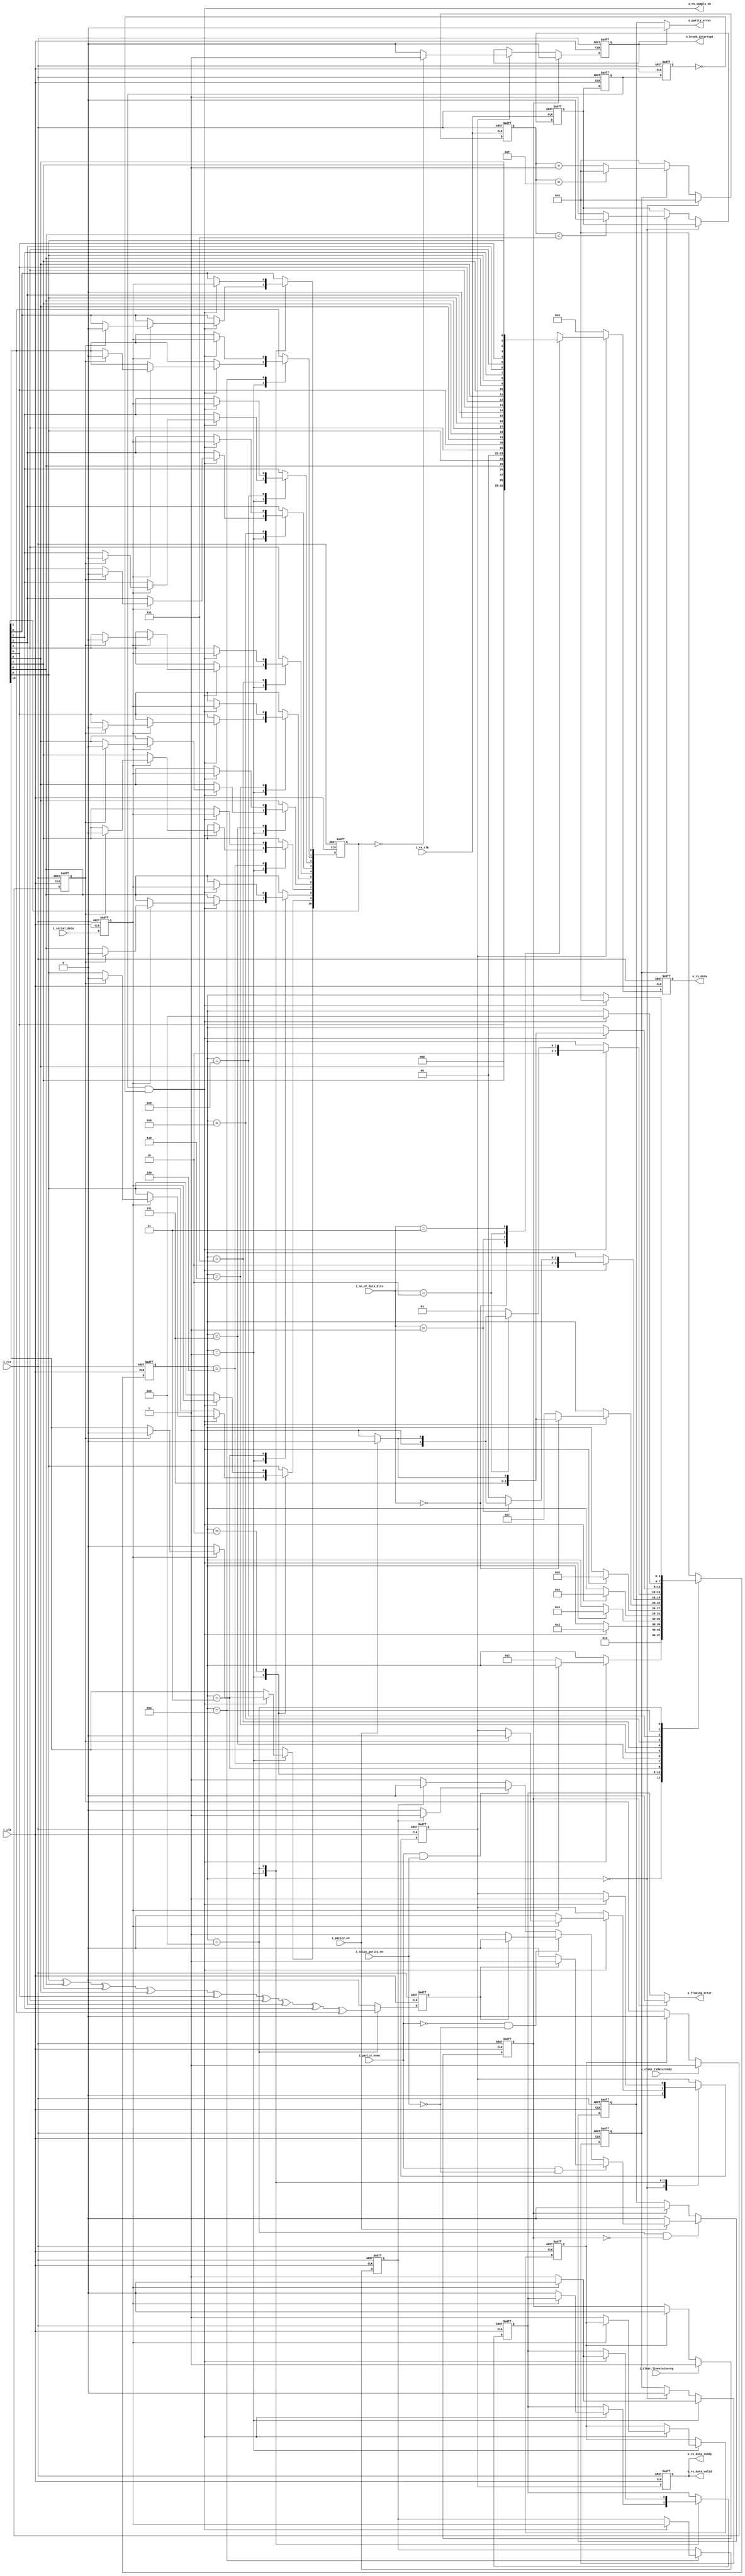
//-------------------------------------------------------------------------
//  >>>>>>>>>>>>>>>>>>>>>>>>> COPYRIGHT NOTICE <<<<<<<<<<<<<<<<<<<<<<<<<
//-------------------------------------------------------------------------
//  Copyright (c) 2012 by Lattice Semiconductor Corporation
//
//-------------------------------------------------------------------------
// Permission:
//
//   Lattice Semiconductor grants permission to use this code for use
//   in synthesis for any Lattice programmable logic product.  Other
//   use of this code, including the selling or duplication of any
//   portion is strictly prohibited.
//
// Disclaimer:
//
//   This VHDL or Verilog source code is intended as a design reference
//   which illustrates how these types of functions can be implemented.
//   It is the user's responsibility to verify their design for
//   consistency and functionality through the use of formal
//   verification methods.  Lattice Semiconductor provides no warranty
//   regarding the use or functionality of this code.
//-------------------------------------------------------------------------
//
//    Lattice Semiconductor Corporation
//    5555 NE Moore Court
//    Hillsboro, OR 97124
//    U.S.A
//
//    TEL: 1-800-Lattice (USA and Canada)
//    503-268-8001 (other locations)
//
//    web: http://www.latticesemi.com/
//
//-------------------------------------------------------------------------
//  Project  : LP3.5K_Pedometer_with_BLE_Interface
//-------------------------------------------------------------------------
//  Code Revision History :
//  Ver: | Author        | Mod. Date    |Changes Made:
//  V1.0 | MDN           | 01-FEB-2014  |
//-------------------------------------------------------------------------
// Description :
// a.Waits for the i_start_rx signal from the UART Master Controller block
// b.Detects the start signal from the MODEM
// c.Deserializes the MODEM data 
// d.Checks for parity if parity is enabled
// e.Detects the stop condition and waits for another i_start_rx from Controller
// f.Reports on Parity error, Framing error
// g.Generates the rx_data_valid signal 
//-------------------------------------------------------------------------
//  Parameters :none                           
//-------------------------------------------------------------------------
//  Reuse Issues
//   Reset Strategy   : Asynchronous, active high system level reset
//   Clock Domains    : i_clk
//   Asynchronous I/F : i_rst
//   Instantiations   : none
//   Other            : N/A
//-------------------------------------------------------------------------
module uart_rx_fsm(
                   
                   // System clock 
                   // asynchronous active high reset 
                   input wire        i_clk,
                   input wire        i_rst,
                   //Receive clock
                   input wire        i_rx_clk,
                   //Rx configurations from Master Controller
                   input wire        i_parity_even,
                   input wire        i_parity_en,               
                   input wire [1:0]  i_no_of_data_bits,  
                   input wire        i_stick_parity_en,
                   input wire i_clear_linestatusreg,               
                   input wire i_clear_rxdataready,
                   //Rx data valid and Rx Data to CPU
                   output wire      o_rx_data_valid,
                   output reg [7:0] o_rx_data, 
                   //To UART Master Controller
                   output wire       o_parity_error,
                   output wire       o_framing_error,
                   output wire       o_break_interrupt,               
                   output wire       o_rx_data_ready, 
                   // tp
                   output wire o_rx_sample_en, 
                   //Serial data in from MODEM
                   input wire        i_serial_data
                   );

   parameter [3:0] /*synopsys enum state_info*/ IDLE_STATE           = 4'b0000,
                START_DETECT_STATE   = 4'b0001,
                SAMPLE_START_STATE = 4'b1111,
                Rx_1BIT_STATE        = 4'b0010,
                Rx_2BIT_STATE        = 4'b0011,
                Rx_3BIT_STATE        = 4'b0100,
                Rx_4BIT_STATE        = 4'b0101,
                Rx_5BIT_STATE        = 4'b0110,
                Rx_6BIT_STATE        = 4'b0111,
                Rx_7BIT_STATE        = 4'b1000,
                Rx_8BIT_STATE        = 4'b1001,
                PARITY_CHECK_STATE   = 4'b1010,
                STOP_DETECT_STATE    = 4'b1011;    
   
   //Internal signals 
   reg [3:0] 			     state; ///*synopsys enum state_info*/  /*synopsys enum state_vector state*/
   reg 				     check_bit;
   reg 				     start_rx;
   reg 				     modem_serial_data;
   reg [10:0] 			     rx_data;
   reg 				     parity_error;
   reg 				     framing_error;  
   wire 			     rx_sample_en;
   reg 				     stick_parity_bit;
   reg 				     latch_clear_status;
   reg 				     latch_data_status;
   reg 				     data_validation;
   reg 				     data_validation_d1;

    assign o_rx_sample_en = rx_sample_en;
    
    //synchronizer
    always @(posedge i_clk or posedge i_rst) begin
        if(i_rst) 
            modem_serial_data <= 1'b1;
        else 
            modem_serial_data <= i_serial_data;
    end 

    ////////////////////////////////////////////////////////////////
    // UART Rx FSM
    ////////////////////////////////////////////////////////////////
    always @(posedge i_clk or posedge i_rst) begin
        if(i_rst) begin
            state <= IDLE_STATE;
            framing_error <= 1'b0;
            stick_parity_bit <= 1'b0; 
            start_rx <= 1'b0;
            data_validation <= 1'b0;
            data_validation_d1 <= 1'b0;
            rx_data <= 10'b0000_0000_00; 
        end else begin
            case(state)
                
                IDLE_STATE         :  begin
                    state <= START_DETECT_STATE;
                    data_validation <= 'd0;
                end
          
                //Wait for START signal from MODEM 
                START_DETECT_STATE :
                    if(rx_sample_en) begin
                        if(!modem_serial_data) begin
                            state <= Rx_1BIT_STATE; 
                            framing_error <= 1'b0;
                            data_validation <= 1'b0;
                            start_rx <= 1'b1;
                            rx_data[10] <= modem_serial_data; 
                        end else if(latch_data_status)begin
                            data_validation <= 1'b0;
                            rx_data <= 10'b0000_0000_00; 
                        end
                    end
                Rx_1BIT_STATE      : 
                    if(rx_sample_en) begin 
                        state <= Rx_2BIT_STATE;
                        rx_data[9] <= modem_serial_data; 
                    end
                
                Rx_2BIT_STATE      : 
                    if(rx_sample_en) begin 
                        state <= Rx_3BIT_STATE;
                        rx_data[8] <= modem_serial_data; 
                    end
                
                Rx_3BIT_STATE      : 
                    if(rx_sample_en) begin
                        state <= Rx_4BIT_STATE;
                        rx_data[7] <= modem_serial_data; 
                    end
                
                Rx_4BIT_STATE      : 
                    if(rx_sample_en) begin
                        state <= Rx_5BIT_STATE;
                        rx_data[6] <= modem_serial_data; 
                    end
                
                
               //Check for no of bits in operation
                //If 5 bits, then check if parity needs to be checked else go to stop detect state                      
                Rx_5BIT_STATE      : 
                    if(rx_sample_en) begin
                        rx_data[5] <= modem_serial_data; 
                        if(i_no_of_data_bits == 2'b00) begin
                            if(i_parity_en) begin
                                state <= PARITY_CHECK_STATE;
                            end else begin 
                                state <= STOP_DETECT_STATE;
                            end 
                        end else begin 
                            state <= Rx_6BIT_STATE;
                        end
                    end 
                
                //Check for no of bits in operation
                //If 6 bits, then check if parity needs to be checked else go to stop detect state                      
                Rx_6BIT_STATE      :
                    if(rx_sample_en) begin
                        rx_data[4] <= modem_serial_data; 
                        if(i_no_of_data_bits == 2'b01) begin
                            if(i_parity_en) begin
                                state <= PARITY_CHECK_STATE;
                            end else begin 
                                state <= STOP_DETECT_STATE;
                            end 
                        end else begin 
                            state <= Rx_7BIT_STATE;
                        end
                    end 
                
                //Check for no of bits in operation
                //If 7 bits, then check if parity needs to be checked else go to stop detect state
                Rx_7BIT_STATE      : 
                    if(rx_sample_en) begin
                        rx_data[3] <= modem_serial_data; 
                        if(i_no_of_data_bits == 2'b10) begin
                            if(i_parity_en) begin
                                state <= PARITY_CHECK_STATE;
                            end else begin 
                                state <= STOP_DETECT_STATE;
                            end 
                        end else begin 
                            state <= Rx_8BIT_STATE;
                        end
                    end 
                
                
                //Check if parity needs to be checked else go to stop detect state
                Rx_8BIT_STATE      :
                    if(rx_sample_en) begin
                        rx_data[2] <= modem_serial_data; 
                        if(i_parity_en) begin
                            state <= PARITY_CHECK_STATE;
                        end else begin
                            state <= STOP_DETECT_STATE;
                        end  
                    end
                
                PARITY_CHECK_STATE :
                    if(rx_sample_en) begin
                        rx_data[1] <= modem_serial_data; 
                        state <= STOP_DETECT_STATE;
                        stick_parity_bit <= modem_serial_data;
                    end
                
                //Check for stop bit and proceed to START_DETECT_STATE 
                STOP_DETECT_STATE  : 
                    if(rx_sample_en) begin
                        rx_data[0] <= modem_serial_data; 
                        data_validation <= 1'b1;
                        if (modem_serial_data == 1'b0) begin  
                            state <= IDLE_STATE; 
                            framing_error <= 1'b1;
                        end else begin
                            state <= IDLE_STATE; 
                            framing_error <= 1'b0;
                        end
                    end // if (rx_sample_en)

                default            : state <= IDLE_STATE;
            endcase // case (state)
            data_validation_d1 <= data_validation;
        end
    end 

    assign o_framing_error = (!latch_clear_status) ? framing_error : 1'b0;
       
    /////////////////////////////////////////////////////////////////////////////
    // Deserialization of data, 
    /////////////////////////////////////////////////////////////////////////////

    wire [10:0] receive_data;   

    assign receive_data = {rx_data[0], rx_data[1], rx_data[2], rx_data[3], rx_data[4], rx_data[5],
                           rx_data[6], rx_data[7], rx_data[8], rx_data[9], rx_data[10]};
    
    reg break_interrupt;
    
   /////////////////////////////////////////////////////////////////////////////
   //Break Interrupt generation
   //If in data valid state all the bits are of rx_data are zero then a Break Interrupt is generated
   /////////////////////////////////////////////////////////////////////////////    
   always @(posedge i_clk or posedge i_rst) begin
      if(i_rst) begin
         break_interrupt <= 1'b0;
      end else begin
         //Cleared on Line status clear request from Master controller 
         if(latch_clear_status)begin 
            break_interrupt <= 1'b0;
         end else if(data_validation) begin
            if(rx_data == 10'b0) begin
               break_interrupt <= 1'b1;
            end else begin
               break_interrupt <= 1'b0;
            end   
         end // if (state == DATA_VALIDATION_STATE & !latch_clear_sta
      end
   end 

   assign o_break_interrupt = break_interrupt;
   
   /////////////////////////////////////////////////////////////////////////////
   // Parity Check logic and Parity error detect
   /////////////////////////////////////////////////////////////////////////////
   always @(posedge i_clk or posedge i_rst) begin
      if(i_rst) begin
         check_bit <= 1'b0;
      end else begin
         if(state == STOP_DETECT_STATE) begin
            check_bit <= rx_data[9] ^ rx_data[8] ^ rx_data[7] ^ rx_data[6] ^ rx_data[5] ^ rx_data[4]
              ^ rx_data[3] ^ rx_data[2] ^ rx_data[1];
         end else begin 
            check_bit <= 1'b0;
         end 
      end 
   end // always @ (posedge i_clk or posedge i_rst)
   
   always @(posedge i_clk or posedge i_rst) begin
      if(i_rst) begin
         parity_error <= 1'b0;
      end else begin
         if(state == STOP_DETECT_STATE & !latch_clear_status) begin
            if(i_parity_en) begin
               if(i_parity_even & !i_stick_parity_en) begin
                  if(check_bit) 
                    parity_error <= 1'b1;
                  else    
                    parity_error <= 1'b0;
               end else if (!i_parity_even & !i_stick_parity_en) begin
                  if(check_bit) 
                    parity_error <= 1'b0;
                  else    
                    parity_error <= 1'b1;
               end else if (i_parity_even & i_stick_parity_en) begin
                  if(stick_parity_bit)
                    parity_error <= 1'b1;
                  else
                    parity_error <= 1'b0;
               end else
                 if(stick_parity_bit)
                   parity_error <= 1'b0;
                 else
                   parity_error <= 1'b1;
            end else
              parity_error <= 1'b0;
            
         end else if(latch_clear_status) 
           parity_error <= 1'b0;   
      end 
   end     

   assign o_parity_error = !break_interrupt ?  parity_error
                           : 1'b0;    

   /////////////////////////////////////////////////////////////////////////////
   // Rx Data valid and Rx Data generation logic
   /////////////////////////////////////////////////////////////////////////////
   always @(posedge i_clk or posedge i_rst) begin
      if(i_rst) begin
         o_rx_data     <= 0;
      end else begin
         if(data_validation) begin
            if(i_parity_en) begin
               case(i_no_of_data_bits)
                 2'b00 :
                   o_rx_data <= {1'b0, 1'b0, 1'b0, receive_data[5:1]};
                 2'b01 :
                   o_rx_data <= {1'b0, 1'b0, receive_data[6:1]};
                 2'b10 :
                   o_rx_data <= {1'b0, receive_data[7:1]};
                 2'b11 :
                   o_rx_data <= receive_data[8:1];
               endcase
            end else begin
               case(i_no_of_data_bits)
                 2'b00 :
                   o_rx_data <= {1'b0, 1'b0, 1'b0, receive_data[5:1]};
                 2'b01 :
                   o_rx_data <= {1'b0, 1'b0, receive_data[6:1]};
                 2'b10 :
                   o_rx_data <= {1'b0, receive_data[7:1]};
                 2'b11 :
                   o_rx_data <= receive_data[8:1];
               endcase
            end // else: !if(parity_en)
         end else begin
            o_rx_data       <= 0;
         end
      end
   end // always @ (posedge i_clk or posedge i_rst)
   
   assign o_rx_data_ready = data_validation_d1; 
   assign o_rx_data_valid = o_rx_data_ready;
   
   /////////////////////////////////////////////////////////////////////////////
   //Sampling clock and character timeout  generation logic
   /////////////////////////////////////////////////////////////////////////////   
   reg [3:0] rx_sampling_counter;
   reg       rx_sampling_clock;
   reg       rx_sampling_clock_reg1;
   reg       rx_sampling_clock_reg2;
   reg       rx_sampling_start;

   //Start sampling on falling edge of serial data line in start state
   //This is mainly used for centering purpose
   always @(posedge i_clk or posedge i_rst) begin
      if(i_rst) begin
         rx_sampling_start <= 1'b0; 
      end else begin
         if(state == START_DETECT_STATE) begin
            if(!modem_serial_data) 
              rx_sampling_start <= 1'b1;
            else 
              rx_sampling_start <= 1'b0;
         end else if(state == IDLE_STATE) 
           rx_sampling_start <= 1'b0;
      end // else: !if(i_rst)
   end // always @ (posedge i_clk or posedge i_rst)
   
   //RX_CLK = 16xBaud Rate, a divide by 16 logic gives us the required sampling clock
   always @(posedge i_rx_clk or posedge i_rst) begin
      if(i_rst) begin
         rx_sampling_counter <= 0;
         rx_sampling_clock <= 1'b0;            
      end else begin
         case (state)
           //Sampling counter reset to zero 
           IDLE_STATE : begin
              rx_sampling_counter <= 0;
           end
           default : begin
              if(rx_sampling_start) begin
                 //4 bit counter
                 if(rx_sampling_counter == 4'b1111) begin 
                    rx_sampling_counter <= 0;
                 end else begin
                    rx_sampling_counter <= rx_sampling_counter + 1;
                 end
                 //Divide by 16 logic
                 if(rx_sampling_counter < 4'b0111) begin //1000
                    rx_sampling_clock <= 1'b0;
                 end else begin
                    rx_sampling_clock <= 1'b1;
                 end
              end else // if (rx_sampling_start)
                rx_sampling_counter <= 0; 
           end // case: default
         endcase
      end
   end // always @ (posedge i_rx_clk or posedge i_rst)

   //Registering sampling clock for obtaining pulsed rx_sample_en
   always @(posedge i_clk or posedge i_rst) begin
      if(i_rst) begin
         rx_sampling_clock_reg1 <= 0;
         rx_sampling_clock_reg2 <= 0;
      end else begin
         rx_sampling_clock_reg1 <= rx_sampling_clock;
         rx_sampling_clock_reg2 <= rx_sampling_clock_reg1;
      end
   end

   //Pulsed rx_sample_en signal
   assign rx_sample_en = rx_sampling_clock_reg1 & !rx_sampling_clock_reg2;
   
   always @(posedge i_clk or posedge i_rst)begin
      if(i_rst) begin
         latch_clear_status <= 1'b0;
      end else begin
         if (i_clear_linestatusreg) 
           latch_clear_status <= 1'b1;
         else if (start_rx)
           latch_clear_status <= 1'b0;
      end 
   end

   always @ (posedge i_clk or posedge i_rst) begin 
      if(i_rst) begin
         latch_data_status <= 1'b0;
      end else begin
         if (i_clear_rxdataready) 
           latch_data_status <= 1'b1;
         else if (start_rx)
           latch_data_status <= 1'b0;
      end 
   end
   
   /*AUTOASCIIENUM("state" "state_ASCII")*/
   // Beginning of automatic ASCII enum decoding
   reg [167:0]         state_ASCII;            // Decode of state
   always @(state) begin
      case ({state})
        IDLE_STATE:            state_ASCII = "idle_state           ";
        START_DETECT_STATE:    state_ASCII = "start_detect_state   ";
        SAMPLE_START_STATE:    state_ASCII = "sample_start_state   ";
        Rx_1BIT_STATE:         state_ASCII = "rx_1bit_state        ";
        Rx_2BIT_STATE:         state_ASCII = "rx_2bit_state        ";
        Rx_3BIT_STATE:         state_ASCII = "rx_3bit_state        ";
        Rx_4BIT_STATE:         state_ASCII = "rx_4bit_state        ";
        Rx_5BIT_STATE:         state_ASCII = "rx_5bit_state        ";
        Rx_6BIT_STATE:         state_ASCII = "rx_6bit_state        ";
        Rx_7BIT_STATE:         state_ASCII = "rx_7bit_state        ";
        Rx_8BIT_STATE:         state_ASCII = "rx_8bit_state        ";
        PARITY_CHECK_STATE:    state_ASCII = "parity_check_state   ";
        STOP_DETECT_STATE:     state_ASCII = "stop_detect_state    ";
        default:               state_ASCII = "%Error               ";
      endcase
   end
   // End of automatics
   
endmodule